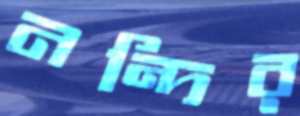
নন্দির